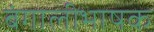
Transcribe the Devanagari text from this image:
बंगालीभाषक